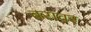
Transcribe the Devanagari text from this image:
बरावर